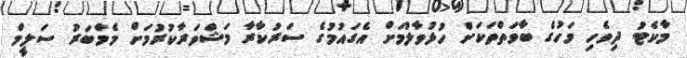
މާކެޓު ދިވެހި މަހުގެ ބާވަތްތަކަށް ހުޅުވާލުމަށް އެގައުމުގެ ސަރުކާރާ މަޝްވަރާކުރުމަށް މެމްބަރު ސަލީމް